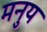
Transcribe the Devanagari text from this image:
मनुय